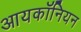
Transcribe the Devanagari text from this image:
आयकॉनियन